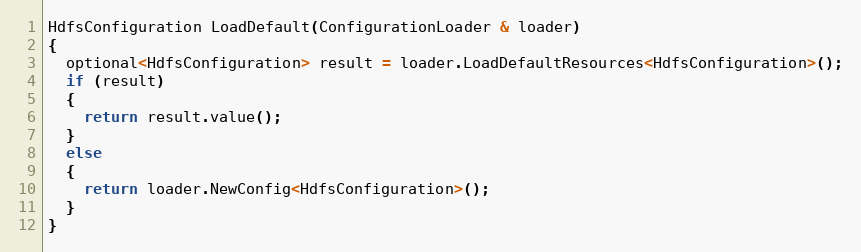
Language: C++
HdfsConfiguration LoadDefault(ConfigurationLoader & loader)
{
  optional<HdfsConfiguration> result = loader.LoadDefaultResources<HdfsConfiguration>();
  if (result)
  {
    return result.value();
  }
  else
  {
    return loader.NewConfig<HdfsConfiguration>();
  }
}